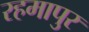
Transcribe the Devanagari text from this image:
रहमापुर